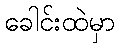
ခေါင်းထဲမှာ